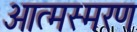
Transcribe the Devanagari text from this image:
आत्मस्मरण